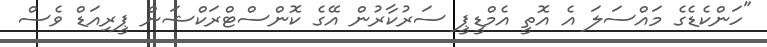
"ހަންކެޑެގެ މައްސަލަ އެ އޮތީ އެމްޑީޕީ ސަރުކާރުން އޭގެ ކޮންސްޓްރަކްޝަން ޕީރިއަޑް ވެސް